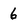
Character: 6